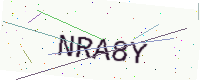
Text: NRA8Y